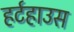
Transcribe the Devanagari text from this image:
हर्टहाउस